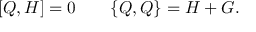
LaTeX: [ Q , H ] = 0 \qquad \{ Q , Q \} = H + G .